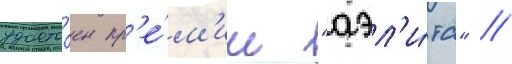
удосто́ен пр'е́м'ии "аэл'и́та" //